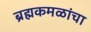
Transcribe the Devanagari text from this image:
ब्रह्मकमळांचा